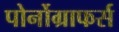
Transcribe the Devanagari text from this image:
पोर्नोग्राफर्स